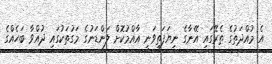
އެ މުއްދަތުގެ ތެރޭގައި އޭނާގެ ނިޔަފަތިވަނީ އާއްމުކޮށް ލަންޑަނުގެ މަގުތަކުގައި ދުއްވާ ބަހެއްގެ